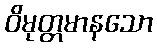
ဝိမုတ္တမာနသော